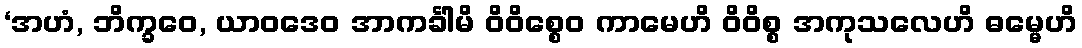
‘အဟံ, ဘိက္ခဝေ, ယာဝဒေဝ အာကင်္ခါမိ ဝိဝိစ္စေဝ ကာမေဟိ ဝိဝိစ္စ အကုသလေဟိ ဓမ္မေဟိ